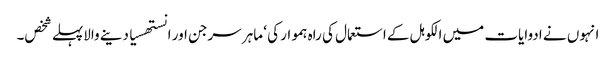
انہوں نے ادوایات میں الکوہل کے استعمال کی راہ ہموار کی ‘ ماہر سرجن اور انستھسیا دینے والاپہلے شخص۔